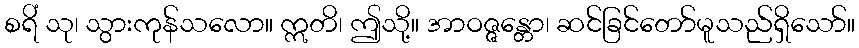
စရိံ သု၊ သွားကုန်သလော။ ဣတိ၊ ဤသို့။ အာဝဇ္ဇန္တော၊ ဆင်ခြင်တော်မူသည်ရှိသော်။